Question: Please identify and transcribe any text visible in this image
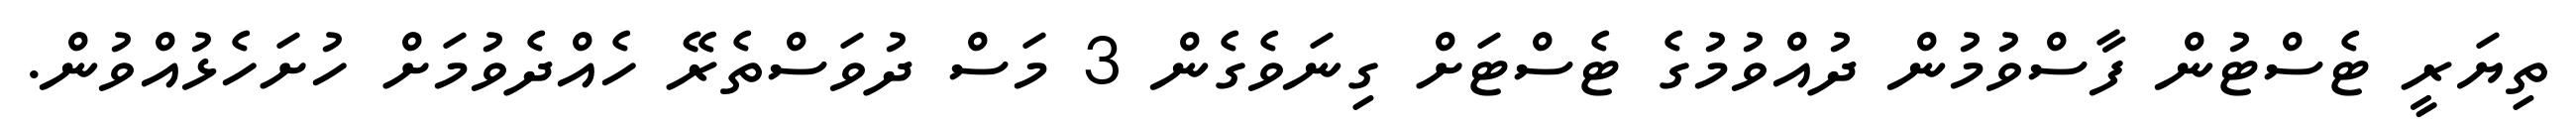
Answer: ތިޔަރީ ޓެސްޓުން ފާސްވުމުން ދުއްވުމުގެ ޓެސްޓަށް ގިނަވެގެން 3 މަސް ދުވަސްތެރޭ ހެއްދެވުމަށް ހުށަހެޅުއްވުން.